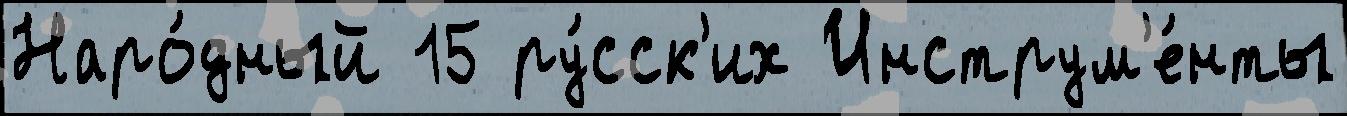
Наро́дный 15 ру́сск'их Инструм'е́нты